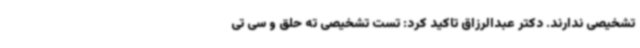
تشخیصی ندارند. دکتر عبدالرزاق تاکید کرد: تست تشخیصی ته حلق و سی تی